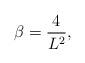
LaTeX: \begin{align*}\beta=\frac{4}{L^{2}},\end{align*}